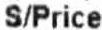
S/PRICE